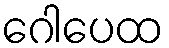
ဂေါပေထ